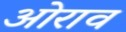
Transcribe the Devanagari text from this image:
ओराव